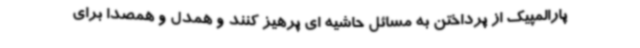
پارالمپیک از پرداختن به مسائل حاشیه ای پرهیز کنند و همدل و همصدا برای